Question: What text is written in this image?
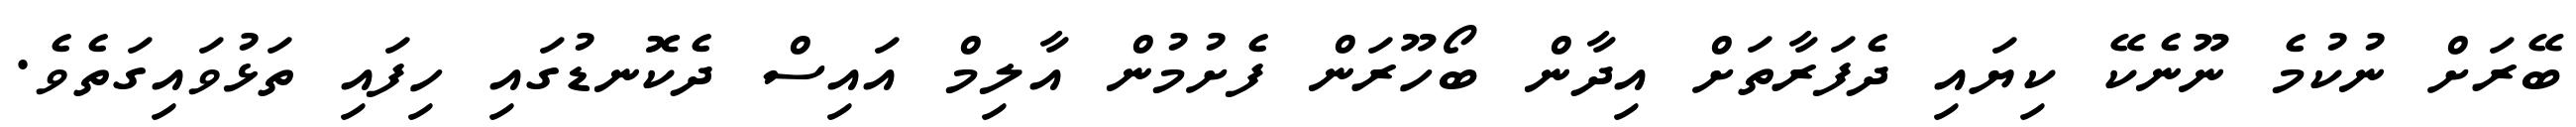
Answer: ބޭރަށް ނުކުމެ ނޫނެކޭ ކިޔައި ދެފަރާތަށް އިދާން ބޯހޫރަން ފެށުމުން އާލިމް އައިސް ދެކޮނޑުގައި ހިފައި ތަޅުވައިގަތެވެ.